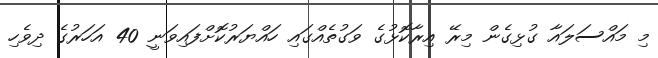
މި މައްސަލައާ ގުޅިގެން މިރޭ އިރާކޮޅުގެ ވަގުތެއްގައި ހައްޔަރުކޮށްފައިވަނީ 40 އަހަރުގެ ދިވެހި